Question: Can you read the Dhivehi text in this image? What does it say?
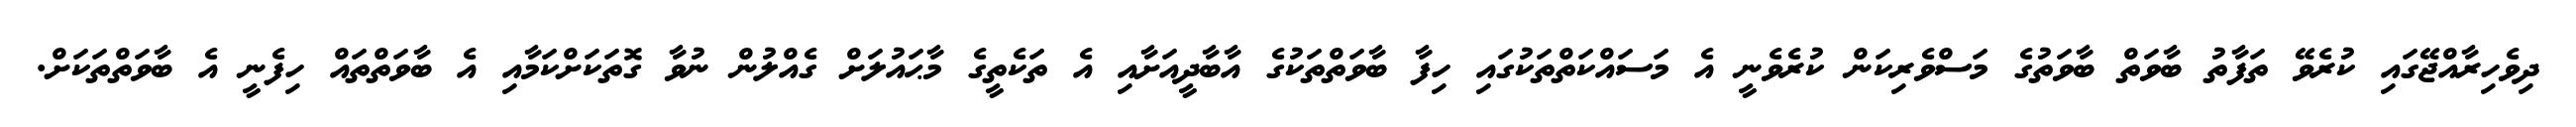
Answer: ދިވެހިރާއްޖޭގައި ކުރެވޭ ތަފާތު ބާވަތް ބާވަތުގެ މަސްވެރިކަން ކުރެވެނީ އެ މަސައްކަތްތަކުގައި ހިފާ ބާވަތްތަކުގެ އާބާދީއަށާއި އެ ތަކެތީގެ މާޙައުލަށް ގެއްލުން ނުވާ ގޮތަކަށްކަމާއި އެ ބާވަތްތައް ހިފެނީ އެ ބާވަތްތަކަށް.